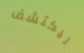
ليكتشف